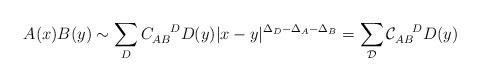
LaTeX: \begin{align*}A(x) B(y)\sim \sum_{D}C_{AB}^{\;\;\;\;\;D} D(y)|x-y|^{\Delta_D-\Delta_A -\Delta_B}= \sum_{{\mathcal{D}}}{\mathcal{C}}_{AB}^{\;\;\;\;\;D} D(y)\end{align*}